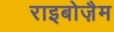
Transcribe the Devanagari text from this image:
राइबोज़ैम